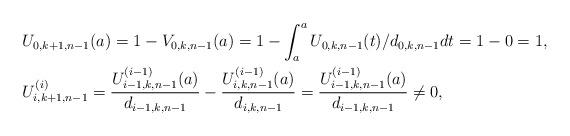
LaTeX: \begin{align*}&U_{0,k+1,n-1}(a)=1-V_{0,k,n-1}(a)=1-\int_{a}^a U_{0,k,n-1}(t)/d_{0,k,n-1} dt=1-0=1, \\&U_{i,k+1,n-1}^{(i)}=\frac{U_{i-1,k,n-1}^{(i-1)}(a)}{d_{i-1,k,n-1}}-\frac{U_{i,k,n-1}^{(i-1)}(a)}{d_{i,k,n-1}}=\frac{U_{i-1,k,n-1}^{(i-1)}(a)}{d_{i-1,k,n-1}}\neq 0,\end{align*}